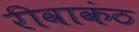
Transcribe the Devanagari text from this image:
रीवाकंठ